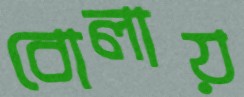
বোলায়